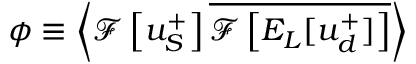
\phi \equiv \left< \mathcal { F } \left[ u _ { S } ^ { + } \right] \overline { { \mathcal { F } \left[ E _ { L } [ u _ { d } ^ { + } ] \right] } } \right>